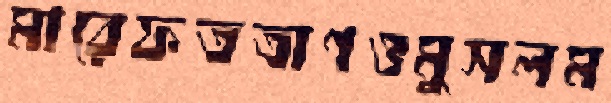
মারেফতত্রাণওমুসলম